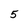
Character: 5